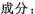
成分：